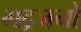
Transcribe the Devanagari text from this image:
भद्रजनों